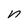
Character: n